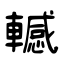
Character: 轗